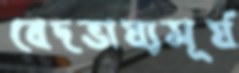
বেদভাষ্যসূর্য